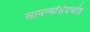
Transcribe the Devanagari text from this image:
सामन्यांसंदर्भात